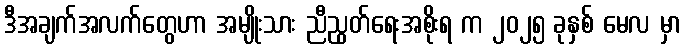
ဒီအချက်အလက်တွေဟာ အမျိုးသား ညီညွတ်ရေးအစိုးရ က ၂၀၂၅ ခုနှစ် မေလ မှာ